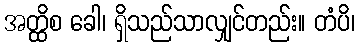
အတ္ထိစ ခေါ၊ ရှိသည်သာလျှင်တည်း။ တံပိ၊